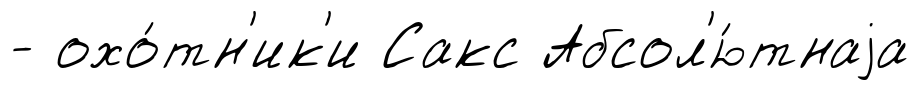
- охо́тн'ик'и Сакс Абсол'ю́тнаjа